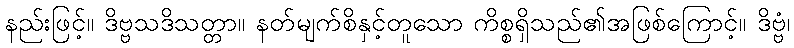
နည်းဖြင့်။ ဒိဗ္ဗသဒိသတ္တာ။ နတ်မျက်စိနှင့်တူသော ကိစ္စရှိသည်၏အဖြစ်ကြောင့်။ ဒိဗ္ဗံ၊